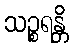
သဉ္စရန္တိ